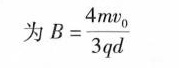
为 $$ B= \frac {4mv_ {0} } {3qd} $$